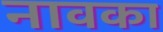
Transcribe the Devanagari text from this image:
नावका